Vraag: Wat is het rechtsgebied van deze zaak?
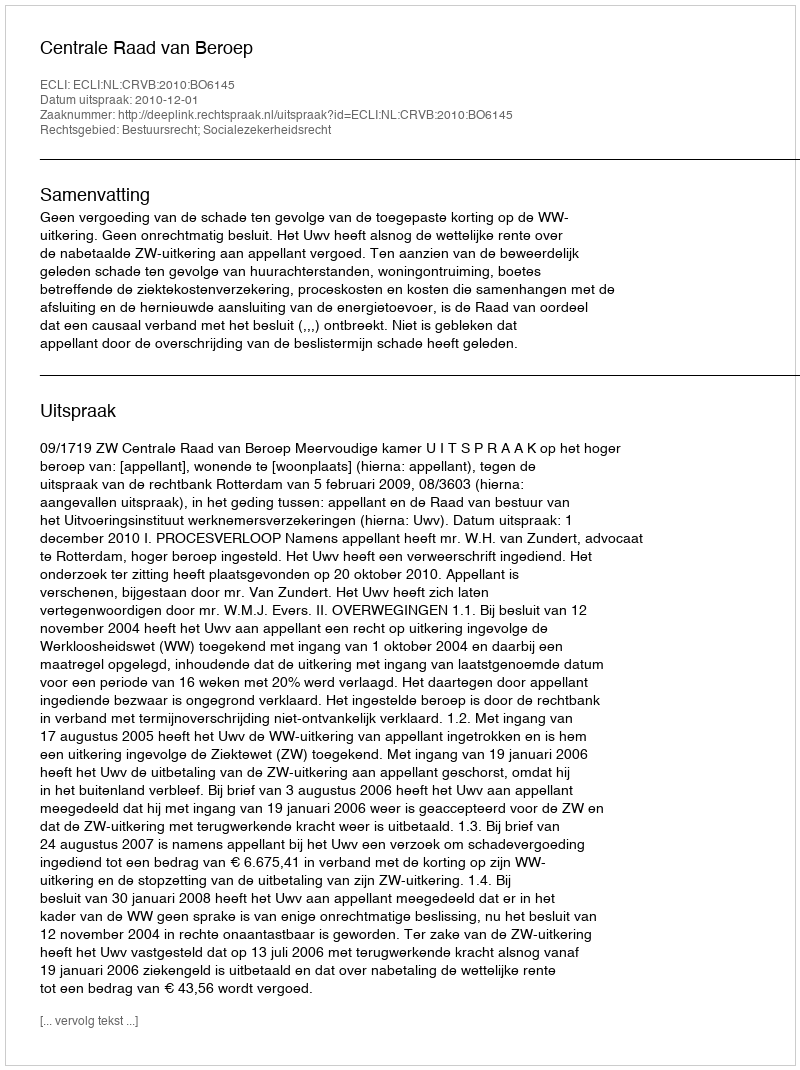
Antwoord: Bestuursrecht; Socialezekerheidsrecht